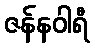
ဇန်နဝါရီ